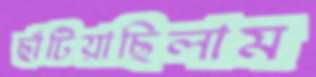
ছাঁটিয়াছিলাম